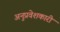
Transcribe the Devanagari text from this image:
अनुप्रवेशकारी